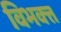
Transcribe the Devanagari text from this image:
विभक्त्त